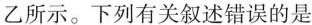
乙所示。下列有关叙述错误的是